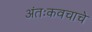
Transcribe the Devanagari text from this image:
अंतःकवचाचे